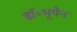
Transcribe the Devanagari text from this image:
डॉ॰भूपेन